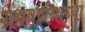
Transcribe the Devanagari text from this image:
ग्रंथवर्णनाच्या